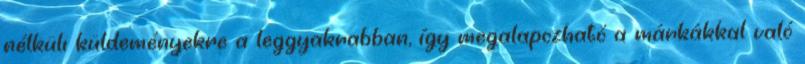
nélküli küldeményekre a leggyakrabban, így megalapozható a márkákkal való